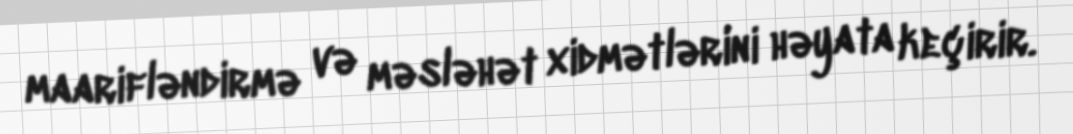
maarifləndirmə və məsləhət xidmətlərini həyata keçirir.